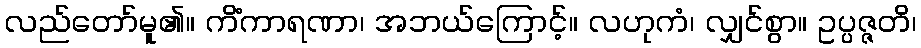
လည်တော်မူ၏။ ကိံကာရဏာ၊ အဘယ်ကြောင့်။ လဟုကံ၊ လျှင်စွာ။ ဥပ္ပဇ္ဇတိ၊